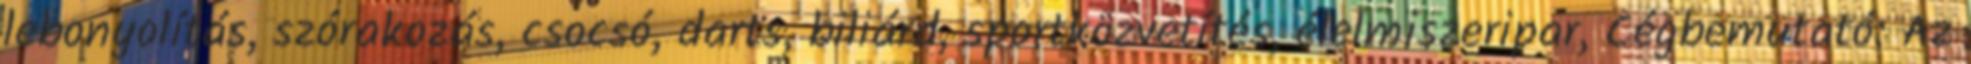
lebonyolítás, szórakozás, csocsó, darts, biliárd, sportközvetítés, élelmiszeripar, Cégbemutató: Az